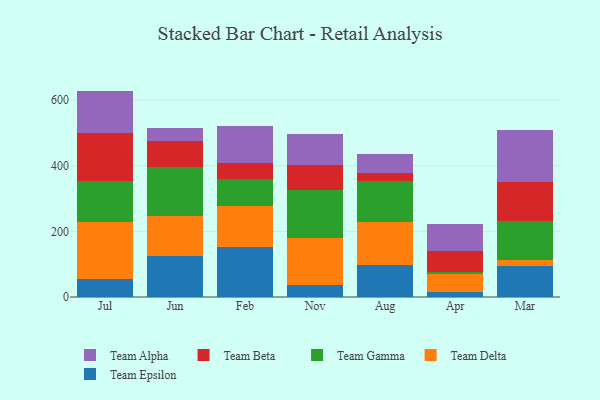
{"axis": {"x": "Month", "y": "Market Share (%)"}, "legend": ["Team Alpha", "Team Beta", "Team Delta", "Team Epsilon", "Team Gamma"], "data": [{"x": "Jul", "y": 53.7, "type": "Team Epsilon"}, {"x": "Jul", "y": 173.8, "type": "Team Delta"}, {"x": "Jul", "y": 125.6, "type": "Team Gamma"}, {"x": "Jul", "y": 147.2, "type": "Team Beta"}, {"x": "Jul", "y": 127.8, "type": "Team Alpha"}, {"x": "Jun", "y": 124.4, "type": "Team Epsilon"}, {"x": "Jun", "y": 121.5, "type": "Team Delta"}, {"x": "Jun", "y": 151.6, "type": "Team Gamma"}, {"x": "Jun", "y": 77.8, "type": "Team Beta"}, {"x": "Jun", "y": 39.9, "type": "Team Alpha"}, {"x": "Feb", "y": 151.6, "type": "Team Epsilon"}, {"x": "Feb", "y": 124.7, "type": "Team Delta"}, {"x": "Feb", "y": 82.2, "type": "Team Gamma"}, {"x": "Feb", "y": 50.6, "type": "Team Beta"}, {"x": "Feb", "y": 110.7, "type": "Team Alpha"}, {"x": "Nov", "y": 36.9, "type": "Team Epsilon"}, {"x": "Nov", "y": 143.9, "type": "Team Delta"}, {"x": "Nov", "y": 146.4, "type": "Team Gamma"}, {"x": "Nov", "y": 75.9, "type": "Team Beta"}, {"x": "Nov", "y": 93.6, "type": "Team Alpha"}, {"x": "Aug", "y": 98.8, "type": "Team Epsilon"}, {"x": "Aug", "y": 128.4, "type": "Team Delta"}, {"x": "Aug", "y": 126.6, "type": "Team Gamma"}, {"x": "Aug", "y": 25.3, "type": "Team Beta"}, {"x": "Aug", "y": 56.5, "type": "Team Alpha"}, {"x": "Apr", "y": 14.6, "type": "Team Epsilon"}, {"x": "Apr", "y": 54.4, "type": "Team Delta"}, {"x": "Apr", "y": 6.6, "type": "Team Gamma"}, {"x": "Apr", "y": 65.7, "type": "Team Beta"}, {"x": "Apr", "y": 80.5, "type": "Team Alpha"}, {"x": "Mar", "y": 95.2, "type": "Team Epsilon"}, {"x": "Mar", "y": 16.5, "type": "Team Delta"}, {"x": "Mar", "y": 121.2, "type": "Team Gamma"}, {"x": "Mar", "y": 117.4, "type": "Team Beta"}, {"x": "Mar", "y": 160.0, "type": "Team Alpha"}]}